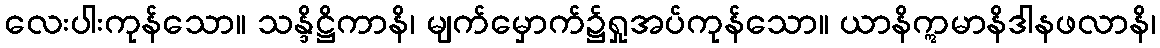
လေးပါးကုန်သော။ သန္ဒိဋ္ဌိကာနိ၊ မျက်မှောက်၌ရှုအပ်ကုန်သော။ ယာနိဣမာနိဒါနဖလာနိ၊